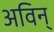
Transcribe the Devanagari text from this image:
अविन्